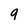
Character: 9